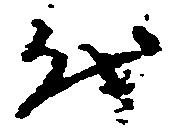
代